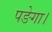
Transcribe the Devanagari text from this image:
पङेगा।